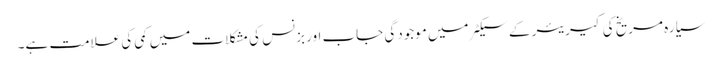
سیارہ مریخ کی کیریئر کے سیکٹر میں موجودگی جاب اور بزنس کی مشکلات میں کمی کی علامت ہے۔